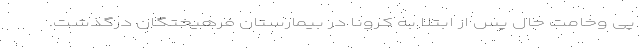
پی وخامت حال پس از ابتلا به کرونا در بیمارستان فرهیختگان درگذشت.